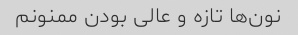
نون‌ها تازه و عالی بودن ممنونم